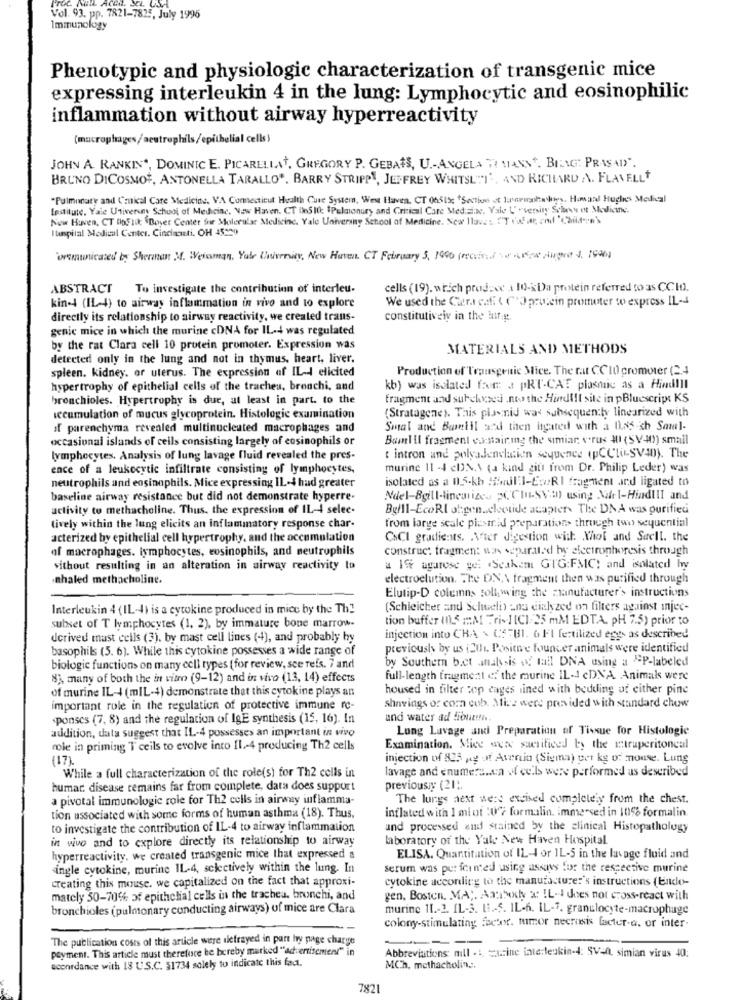
Vol. 93. pp. 7821-7825, July 1996
Immunology
Phenotypic and physiologic characterization of transgenic mice
expressing interleukin 4 in the lung: Lymphocytic and eosinophilic
inflammation without airway hyperreactivity
(macrophages/aeutrophils/epithelial cells)
JOHN A. RANKIN *, DOMINIC E. PICARELLAT, GREGORY P. GEBATS, U .- ANGELA TO MANN". BIENG PRASAD".
BRUNO DICOSMO, ANTONELLA TARALLO". BARRY STRIPP !, JEFFREY WHITSLTI', AND RICHARD A. FLAVELLT
"Pulmonary and Cruical Care Medicine, VA Connecticut Health Cure System, West Haven, CT 06515: +Section at 1:porhaps. Howard Hughes Medical
Institute, Yale Univerin School of Medicine, New Haven, CT Des 10; "Pulmonary and Critical Care Med:sie, Yale Unversity Seineky et Medicine.
New Haven, CT GoFluc "Boyer Center for Molecular Medicine, Yale University School of Medicine. New llave :. IT (white, and 'Childere's
Itunpital Medical Center. Cincinnati. OH 45329
orsmunicated by Sherman M. Weisman, Yale University, New Haven, CT February 5, 1990 (received -par chigre 4, 1996)
ABSTRACT
To investigate the contribution of interleu-
cells (19), which produce a 10-sDa protein referred to as CCIO.
We used the Circafi ( C'Sprotein promoter to express IL-4
kin-4 (IL-4) to airway inflammation in vivo and to explore
directly its relationship to airway reactivity, we created trans-
constitutiveiv in the kir g.
genic mice in which the murine cDNA for IL-4 was regulated
by the rat Clara cell 10 protein promoter. Expression was
MATERIALS AND METHODS
detected only in the lung and not in thymus, heart, liver.
spleen. kidney. or uterus. The expression of IL- elicited
Production of Transgenic Mice. The rat CCIO promoter (2.4
hypertrophy of epithelial cells of the tracheu, bronchi, and
kb) was isolated faer: a pRT-CAT plasmic as a Hindill
bronchioles. Hypertrophy is due, at least in part. to the
fragment and surchxxed .nto the Hindi!l site in pBluescript KS
wecumulation of mucus glycoprotein. Histologic examination
(Stratagene). This planid was subsequently linearized with
of parenchyma revealed multinucleated macrophages and
Smal and Bamiil and then hgated with a 135 ch Sowal-
occasional islands of cells consisting largely of eosinophils or
Bomnlil fragment cosair ing the simiar, vorus 41 (SV-40)) small
lymphocytes, Analysis of lung lavage fluid revealed the pres-
: intron and polyadencation sequence epCCli-sva0). The
ence of a leukocytic infiltrate consisting of lymphocytes,
murine 11 -4 cDN.\ (a kind gitt from Dr. Philip Leder) was
neutrophils and eosinophils. Mice expressing IL-4 had greater
isolated as a 0.5-kb #nul:]-EsRI fragment and ligated to
baseline airway resistance but did not demonstrate hyperre.
Ndel-Bgill-linearizes WCChu-SVan) using Mel-HindIII and
activity to methacholine. Thus, the expression of IL-4 selec-
Belll-EcoRI obgenucleotide acapter. The DNA was purified
tively within the lung elicits an inflammatory response char-
from large scale piesmid preparation> through two sequential
acterized by epithelial cell hypertrophy, and the accumulation
CxCI gradients. Vier digestion with. Whol and Suell. the
of macrophages. lymphocytes, eosinophils, and neutrophils
construc: fragmen: was separated by electrophoresis through
sithout resulting in an alteration in airway reactivity to
a Ife agarose gel .Scakem GTG:FMC: and isolated hy
Inhaled methacholine.
electroelution. The DN,\ fragment then was purified through
Elutip-D columns foll wing the manufacturer's instructions
Interleukin 4 (IL-4) is a cytokine produced in mice by the Th]
(Schleicher and Schueli) -na dialyzed on filters against injec-
tion buffer (0.5 ::: M ""ri-][C1/25 mM EDTA. pH 7.5) prior to
subset of T lymphocytes (1, 2), by immature bone marrow-
derived mast cells (3). by mast cell lines (4), and probably by
injection into CHA \ CS-BI. 6 Fl fertilized eggs as described
basophils (5. 6). While this cytokine possesses a wide range of
previously by us iCti. Posithe founder animals were identified
by Southern b.et analysis & tail DNA using a "P-labeled
biologic functions on many cell types (for review, sce tels. 7 and
83, many of both the in vitro (9-12) and in vivo (13, 14) effects
full-length fragment of the murine IL-1 cDNA Animals were
of murine IL-4 (mIL-4) demonstrate that this cytokine plays an
housed in filter cop cages lined with bedding af either pine
important role in the regulation of protective immune re-
shavings of corn cob. Mire were provided with standard chow
ponses (7. 8) and the regulation of IgE synthesis (15, 16). In
and water ad Siout !! n.
addition, data suggest that IL-4 possesses an important in vivo
Long Lavage and Preparation of Tissue for Histologie
role in priming T ceils to evolve into IL-4 producing Th2 cells
Examination. Mice were sacrificed by the etruperitoneal
(17).
injection of 825 ,g of Avenin (Sigma) per kg of mouse. Lung
lavage and enumera .. ca of cells were performed as described
While a full characterization of the role(s) for Th2 cells in
humar. disease remains far from complete, data does support
previousiy (21).
a pivotal immunologic role for Th2 cells in airway inflamma-
The lungs aest we:s excised completely from the chest.
inflated with 1 mlot :0% formalin. immersed in 10% formalin.
tion associated with some forms of human asthma (18). Thus,
to investigate the contribution of IL-4 to airway inflammation
and processed and stained by the clinical Histopathology
in vivo and to explore directly its relationship to airway
laboratory of the Yale New Haven Hospital
hyperreactivity. we created transgenic mice that expressed a
ELISA. Quantitation of IL-4 or IL-5 in the lavage fluid and
ingle cytokine, murine IL-4, selectively within the lung. In
serum was performed using assons for the respective murine
creating this mouse. we capitalized on the fact that approxi-
cytokine acconling to the manufacture:'s instructions (Endo-
mately 50-70% of epithelial cells in the trachea. bronchi, and
gen, Boston, MA; Anabody a: IL- does not cross-react with
bronchioles (pulmonary conducting airways) of mice are Clara
murine 11 .- 2. IL-S. 11 .- 5. IL-6. IL-7. granulocyte-macrophage
colony-stimulating factor. tumor necrosis factor-a. or inter-
The publication costs of this article were ilefrayed in part hy page charge
--
payment. This article must therefore be bereby marked "advertisement" in
Abbreviations mill . A Cucine interleukin-4: SValt, simian virus 40:
accordance with 18 U.S.C. $1734 solely to indicate this fact.
MCh, methacholin .;.
7821